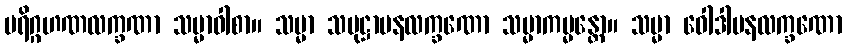
ပရိဂ္ဂဟဏလက္ခဏာ သမ္မာဝါစာ။ သမ္မာ သမုဋ္ဌာပနလက္ခဏော သမ္မာကမ္မန္တော။ သမ္မာ ဝေါဒါပနလက္ခဏော